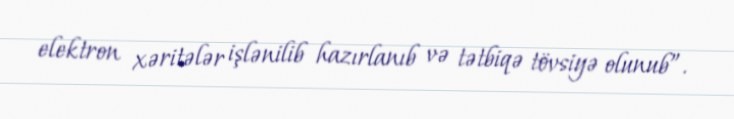
elektron xəritələr işlənilib hazırlanıb və tətbiqə tövsiyə olunub”.